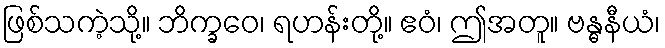
ဖြစ်သကဲ့သို့။ ဘိက္ခဝေ၊ ရဟန်းတို့။ ဧဝံ၊ ဤအတူ။ ဗန္ဓနီယံ၊